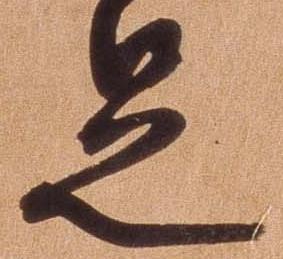
足